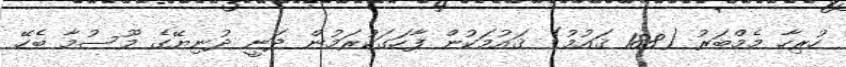
ހުރިހާ މެމްބަރު (188 ޤައުމު) ޤައުމަކުން ފާހަގަކުރަމުން ދަނީ ދުނިޔޭގެ މޫސުމާ ބެހޭ